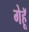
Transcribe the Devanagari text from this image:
गेहॅू